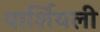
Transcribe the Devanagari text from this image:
पार्शियली